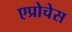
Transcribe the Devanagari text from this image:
एप्रोचेस